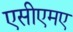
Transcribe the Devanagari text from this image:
एसीएमए